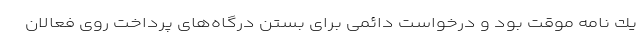
يك نامه موقت بود و درخواست دائمی برای بستن درگاه‌های پرداخت روی فعالان